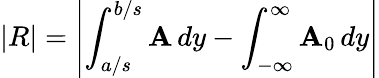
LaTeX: \left|R\right|=\left|\int_{a/s}^{b/s}\mathbf{A}\, dy-\int_{-\infty}^{\infty}\mathbf{A}_{0}\, dy\right|